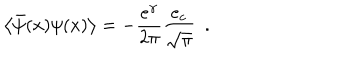
\left< \bar { \psi } ( x ) \psi ( x ) \right> = - \frac { e ^ { \gamma } } { 2 \pi } \frac { e _ { c } } { \sqrt { \pi } } ~ ~ .